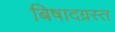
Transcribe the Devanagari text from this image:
बिषादग्रस्त